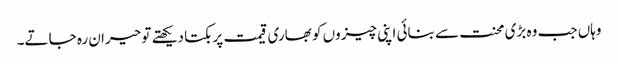
وہاں جب وہ بڑی محنت سے بنائی اپنی چیزوں کو بھاری قیمت پر بکتا دیکھتے تو حیران رہ جاتے۔